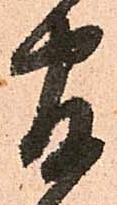
官